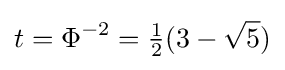
t=\Phi ^{-2}={\tfrac {1}{2}}(3-{\sqrt {5}})